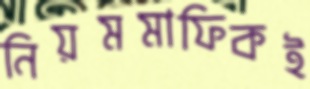
নিয়মমাফিকই